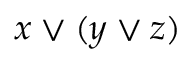
x \vee ( y \vee z )